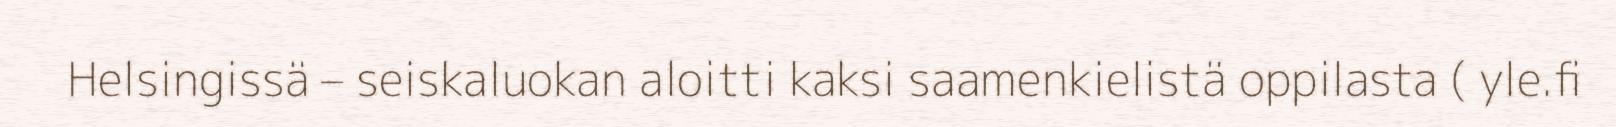
Helsingissä – seiskaluokan aloitti kaksi saamenkielistä oppilasta ( yle.fi